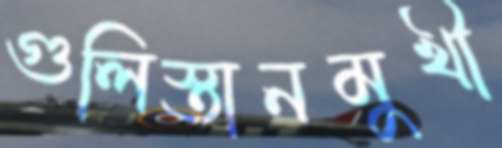
গুলিস্তানমুখী